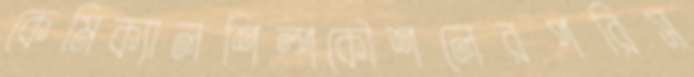
কেমিক্যালশিল্পকৌশলেরপরিস